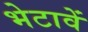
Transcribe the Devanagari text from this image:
भेटावें